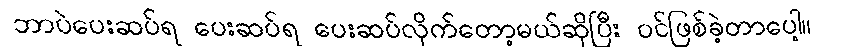
ဘာပဲပေးဆပ်ရ ပေးဆပ်ရ ပေးဆပ်လိုက်တော့မယ်ဆိုပြီး ဝင်ဖြစ်ခဲ့တာပေါ့။